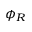
\phi _ { R }